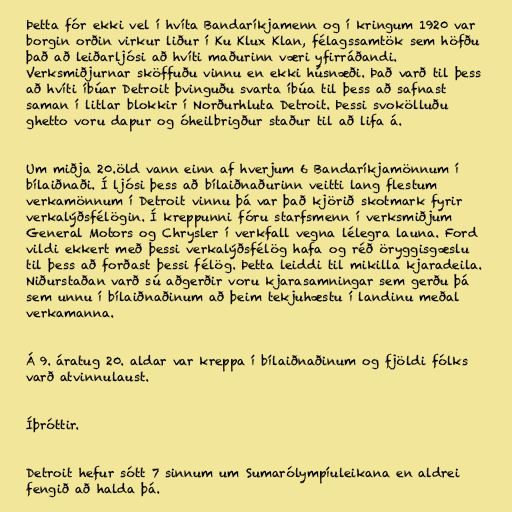
Þetta fór ekki vel í hvíta Bandaríkjamenn og í kringum 1920 var
borgin orðin virkur liður í Ku Klux Klan, félagssamtök sem höfðu
það að leiðarljósi að hvíti maðurinn væri yfirráðandi.
Verksmiðjurnar sköffuðu vinnu en ekki húsnæði. Það varð til þess
að hvíti íbúar Detroit þvinguðu svarta íbúa til þess að safnast
saman í litlar blokkir í Norðurhluta Detroit. Þessi svokölluðu
ghetto voru dapur og óheilbrigður staður til að lifa á.

Um miðja 20.öld vann einn af hverjum 6 Bandaríkjamönnum í
bílaiðnaði. Í ljósi þess að bílaiðnaðurinn veitti lang flestum
verkamönnum í Detroit vinnu þá var það kjörið skotmark fyrir
verkalýðsfélögin. Í kreppunni fóru starfsmenn í verksmiðjum
General Motors og Chrysler í verkfall vegna lélegra launa. Ford
vildi ekkert með þessi verkalýðsfélög hafa og réð öryggisgæslu
til þess að forðast þessi félög. Þetta leiddi til mikilla kjaradeila.
Niðurstaðan varð sú aðgerðir voru kjarasamningar sem gerðu þá
sem unnu í bílaiðnaðinum að þeim tekjuhæstu í landinu meðal
verkamanna.

Á 9. áratug 20. aldar var kreppa í bílaiðnaðinum og fjöldi fólks
varð atvinnulaust.

Íþróttir.

Detroit hefur sótt 7 sinnum um Sumarólympíuleikana en aldrei
fengið að halda þá.